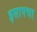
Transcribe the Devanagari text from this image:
इसापचा